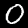
Digit: 0